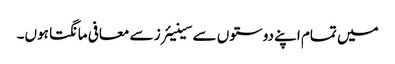
میں تمام اپنے دوستوں سے سینیئرز سے معافی مانگتا ہوں۔